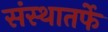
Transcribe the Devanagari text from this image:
संस्थातर्फे